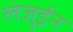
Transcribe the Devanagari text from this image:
लेजुईन